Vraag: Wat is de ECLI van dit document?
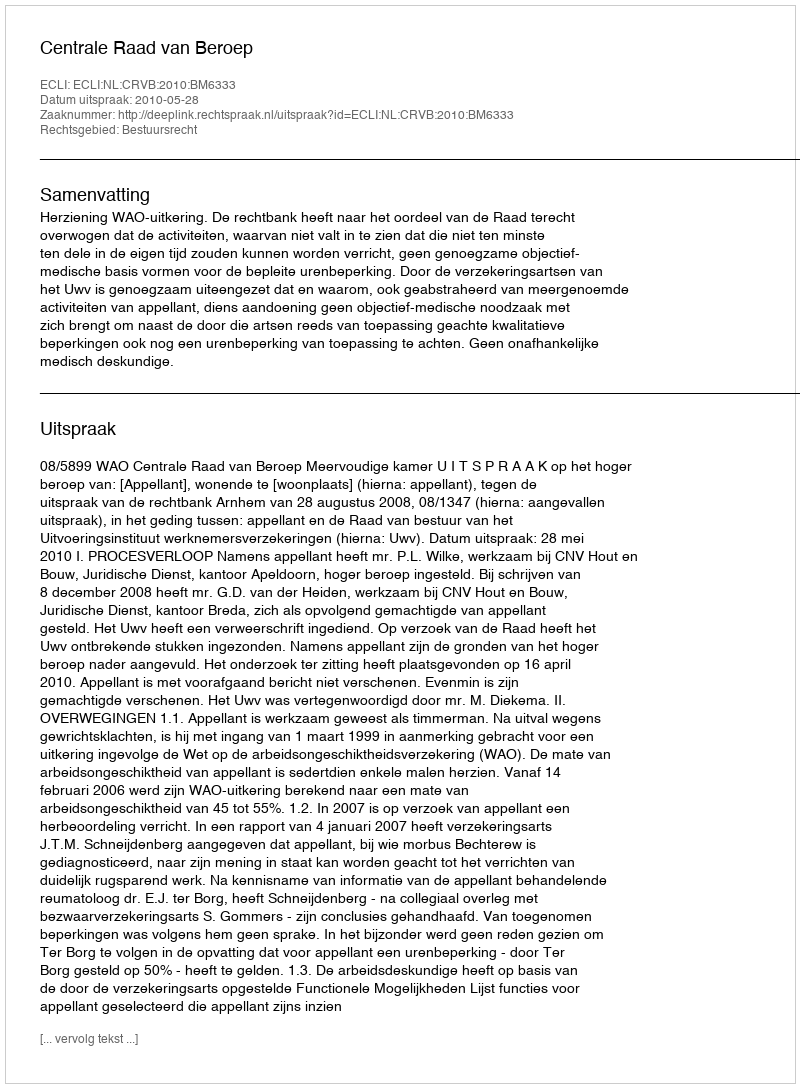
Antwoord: ECLI:NL:CRVB:2010:BM6333